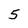
Character: 5